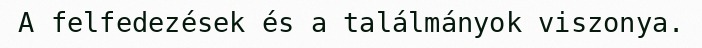
A felfedezések és a találmányok viszonya.